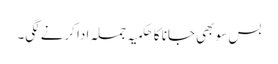
بس سو بھی جانا کا حکمیہ جملہ ادا کرنے لگی۔